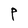
Character: P